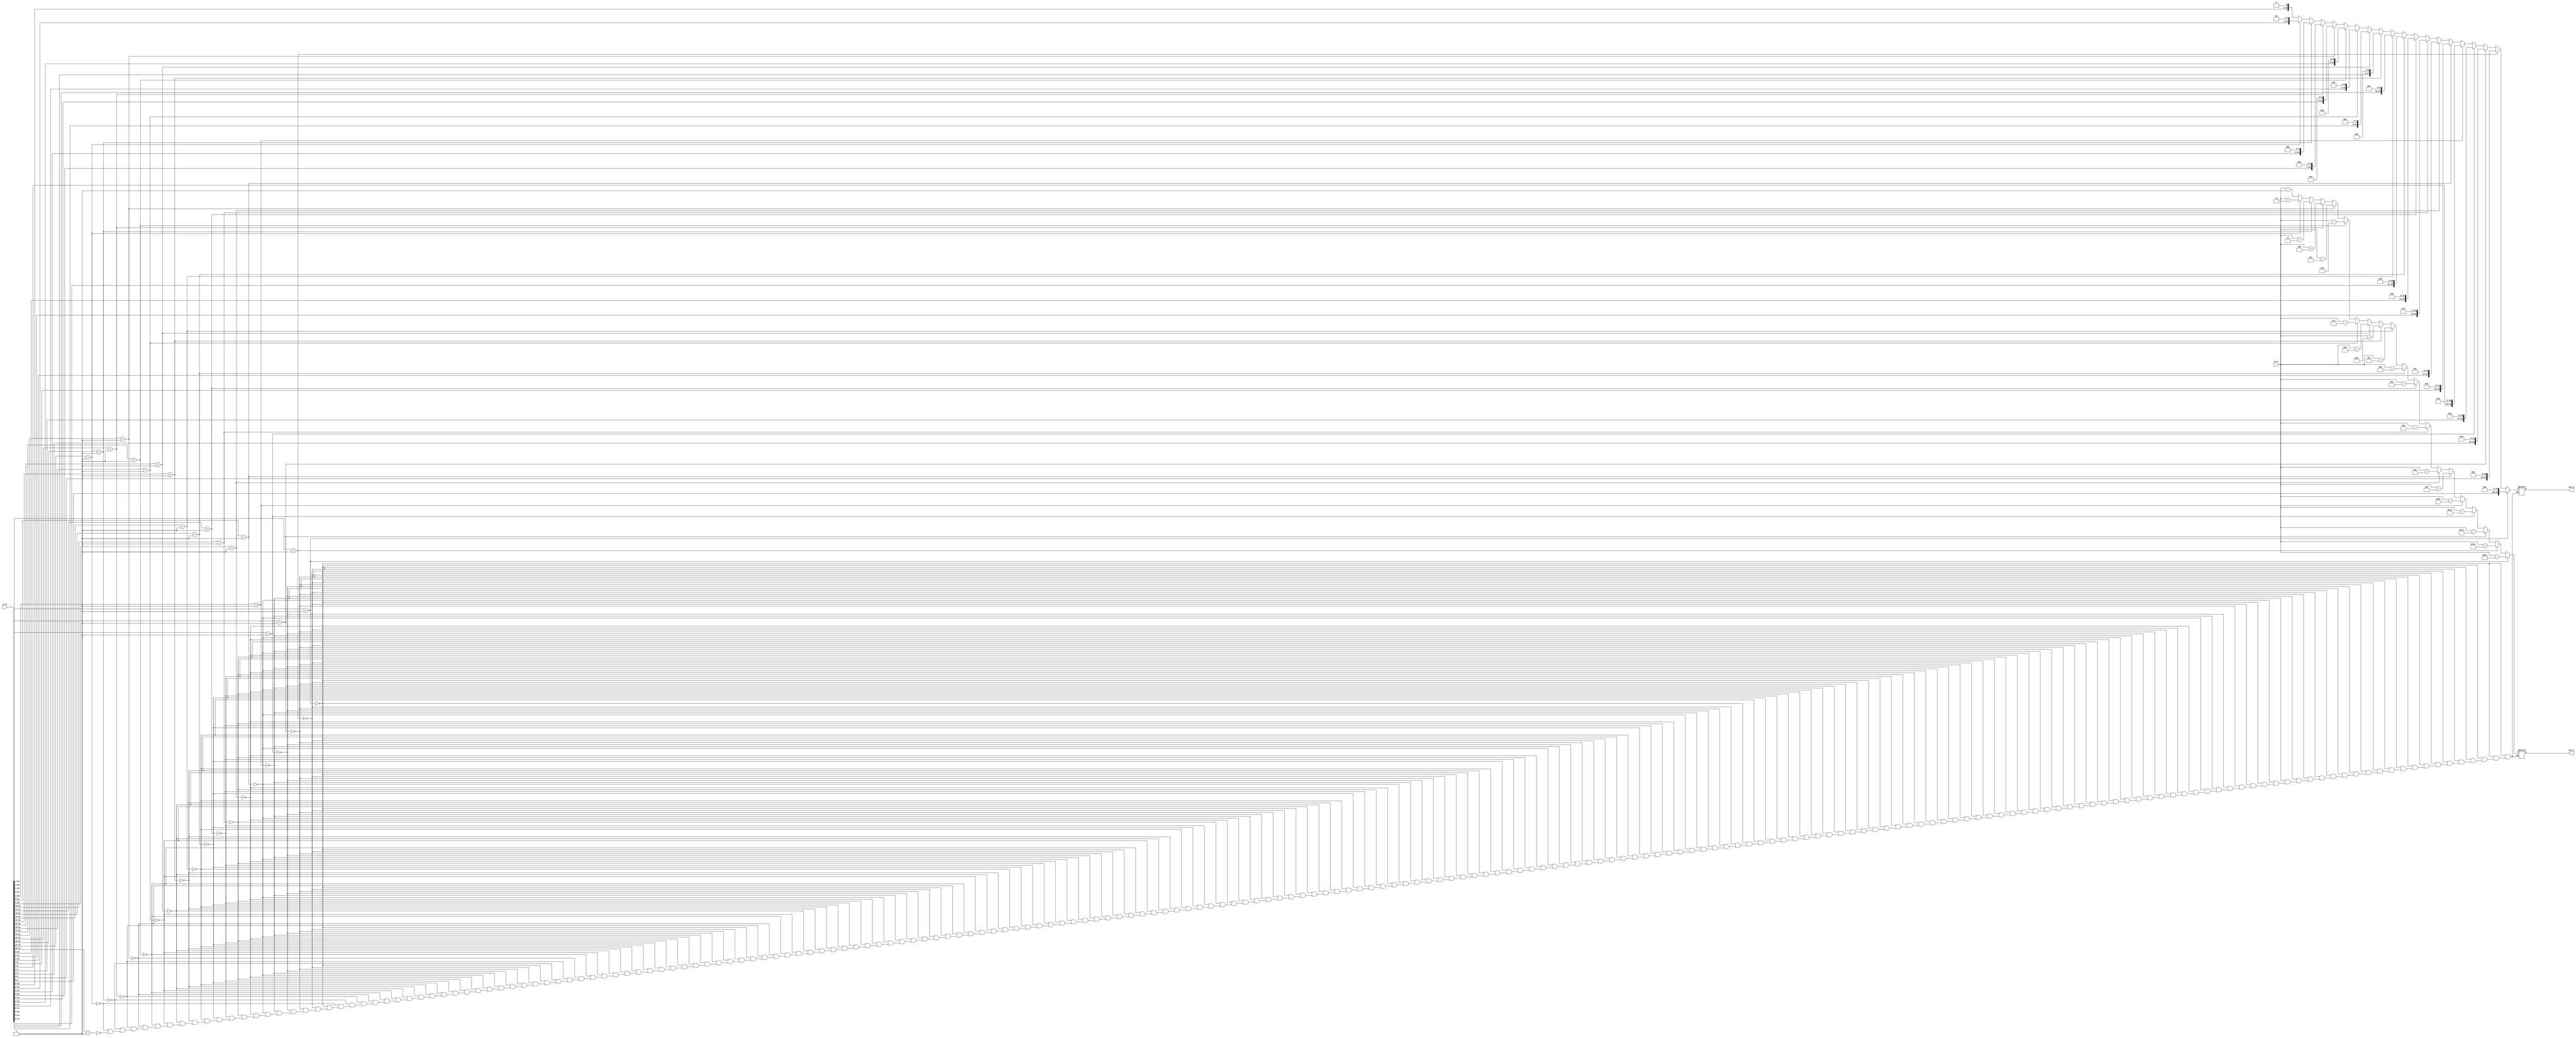
`timescale 1ns / 1ps
//////////////////////////////////////////////////////////////////////////////////
// Company: 
// Engineer: 
// 
// Design Name: 
// Module Name: addition_normaliser
// Project Name: 
// Target Devices: 
// Tool Versions: 
// Description: 
// 
// Dependencies: 
// 
// Revision:
// Revision 0.01 - File Created
// Additional Comments:
// 
//////////////////////////////////////////////////////////////////////////////////


module addition_normaliser(in_e, in_m, out_e, out_m);
  input [7:0] in_e;
  input [24:0] in_m;
  output [7:0] out_e;
  output [24:0] out_m;

  wire [7:0] in_e;
  wire [24:0] in_m;
  reg [7:0] out_e;
  reg [24:0] out_m;

  always @ ( * ) begin
		if (in_m[23:3] == 21'b000000000000000000001) begin
			out_e = in_e - 20;
			out_m = in_m << 20;
		end else if (in_m[23:4] == 20'b00000000000000000001) begin
			out_e = in_e - 19;
			out_m = in_m << 19;
		end else if (in_m[23:5] == 19'b0000000000000000001) begin
			out_e = in_e - 18;
			out_m = in_m << 18;
		end else if (in_m[23:6] == 18'b000000000000000001) begin
			out_e = in_e - 17;
			out_m = in_m << 17;
		end else if (in_m[23:7] == 17'b00000000000000001) begin
			out_e = in_e - 16;
			out_m = in_m << 16;
		end else if (in_m[23:8] == 16'b0000000000000001) begin
			out_e = in_e - 15;
			out_m = in_m << 15;
		end else if (in_m[23:9] == 15'b000000000000001) begin
			out_e = in_e - 14;
			out_m = in_m << 14;
		end else if (in_m[23:10] == 14'b00000000000001) begin
			out_e = in_e - 13;
			out_m = in_m << 13;
		end else if (in_m[23:11] == 13'b0000000000001) begin
			out_e = in_e - 12;
			out_m = in_m << 12;
		end else if (in_m[23:12] == 12'b000000000001) begin
			out_e = in_e - 11;
			out_m = in_m << 11;
		end else if (in_m[23:13] == 11'b00000000001) begin
			out_e = in_e - 10;
			out_m = in_m << 10;
		end else if (in_m[23:14] == 10'b0000000001) begin
			out_e = in_e - 9;
			out_m = in_m << 9;
		end else if (in_m[23:15] == 9'b000000001) begin
			out_e = in_e - 8;
			out_m = in_m << 8;
		end else if (in_m[23:16] == 8'b00000001) begin
			out_e = in_e - 7;
			out_m = in_m << 7;
		end else if (in_m[23:17] == 7'b0000001) begin
			out_e = in_e - 6;
			out_m = in_m << 6;
		end else if (in_m[23:18] == 6'b000001) begin
			out_e = in_e - 5;
			out_m = in_m << 5;
		end else if (in_m[23:19] == 5'b00001) begin
			out_e = in_e - 4;
			out_m = in_m << 4;
		end else if (in_m[23:20] == 4'b0001) begin
			out_e = in_e - 3;
			out_m = in_m << 3;
		end else if (in_m[23:21] == 3'b001) begin
			out_e = in_e - 2;
			out_m = in_m << 2;
		end else if (in_m[23:22] == 2'b01) begin
			out_e = in_e - 1;
			out_m = in_m << 1;
		end
  end
endmodule